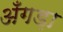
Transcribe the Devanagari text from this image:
अँगड़ा